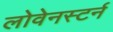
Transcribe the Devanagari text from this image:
लोवेनस्टर्न